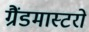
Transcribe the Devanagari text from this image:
ग्रैंडमास्टरों